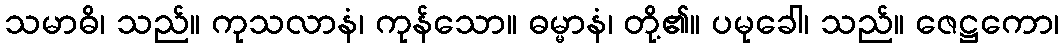
သမာဓိ၊ သည်။ ကုသလာနံ၊ ကုန်သော။ ဓမ္မာနံ၊ တို့၏။ ပမုခေါ၊ သည်။ ဇေဋ္ဌကော၊